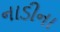
નાડીના